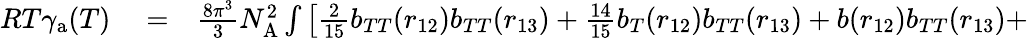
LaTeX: \begin{array}{rlr}{RT\gamma_{\mathrm{a}}(T)}&{{}=}&{\frac{8\pi^{3}}{3}N_{\mathrm{A}}^{2}\int\left[\frac{2}{15}b_{TT}(r_{12})b_{TT}(r_{13})+\frac{14}{15}b_{T}(r_{12})b_{TT}(r_{13})+b(r_{12})b_{TT}(r_{13})+\right.}\end{array}